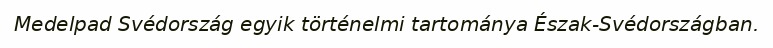
Medelpad Svédország egyik történelmi tartománya Észak-Svédországban.